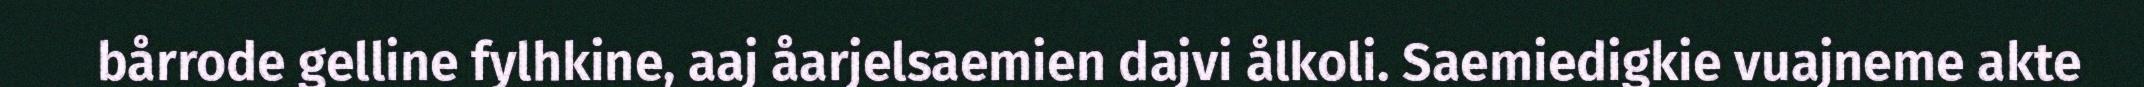
bårrode gelline fylhkine, aaj åarjelsaemien dajvi ålkoli. Saemiedigkie vuajneme akte